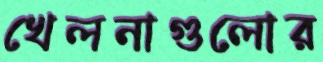
খেলনাগুলোর